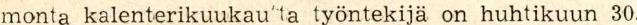
monta kalenterikuukau'ta työntekijä on huhtikuun 30.